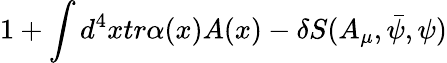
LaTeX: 1+\int d^{4}xtr\alpha(x)A(x)-\delta S(A_{\mu},\bar{\psi},\psi)